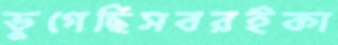
ভুগেছিসবরইকা